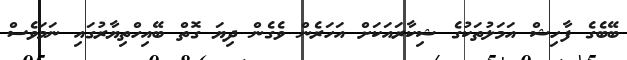
ބޭބެގެ ފާހިޝް އަމަލުތަކުގެ ޝިކާރައަކަށް އަހަރެން ވެގެން ދިޔަ ގޮތް ބޭއިހްތިޔާރުގައި ނަމަވެސް